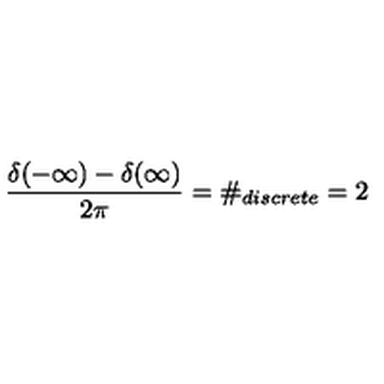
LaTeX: \frac { \delta ( - \infty ) - \delta ( \infty ) } { 2 \pi } = \# _ { d i s c r e t e } = 2